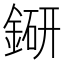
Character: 𨨵